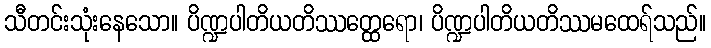
သီတင်းသုံးနေသော။ ပိဏ္ဍပါတိယတိဿတ္ထေရော၊ ပိဏ္ဍပါတိယတိဿမထေရ်သည်။